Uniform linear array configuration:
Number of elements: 48
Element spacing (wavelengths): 0.75
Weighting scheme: exponential
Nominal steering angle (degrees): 0
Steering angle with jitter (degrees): -1.075
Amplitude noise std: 0.05
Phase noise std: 0.05

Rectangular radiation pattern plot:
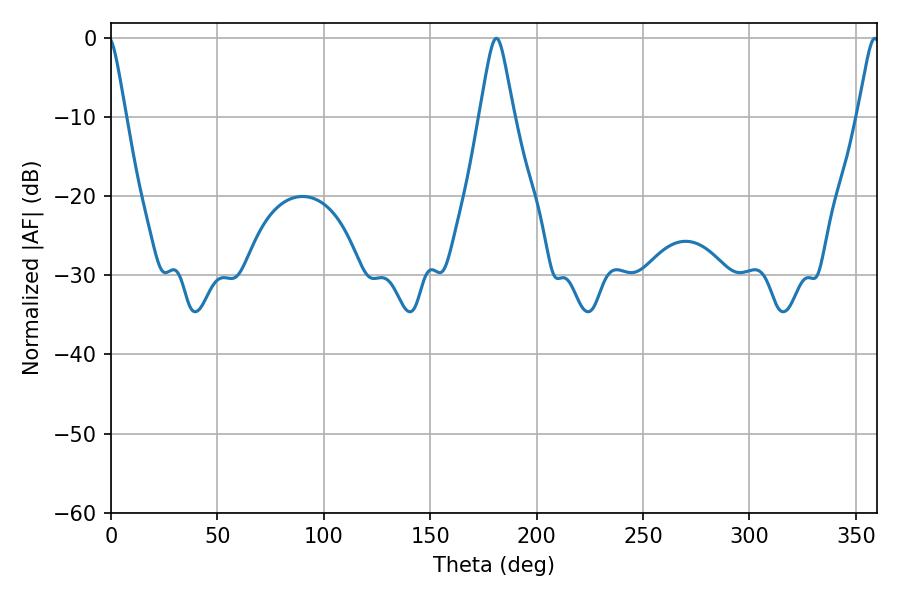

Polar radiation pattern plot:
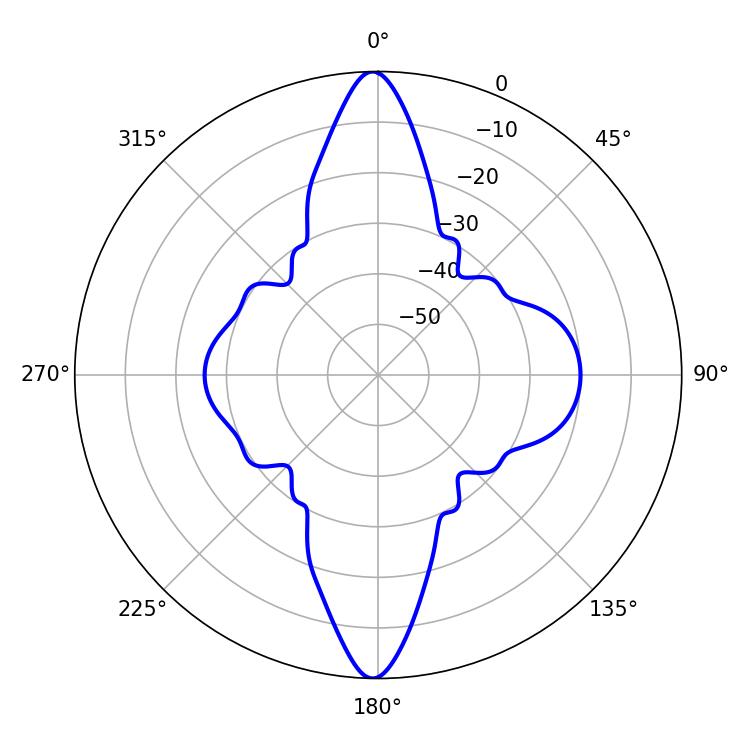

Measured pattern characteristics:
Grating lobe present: TRUE
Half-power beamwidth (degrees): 7.56
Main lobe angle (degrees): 181.08